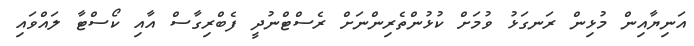
އަނިޔާއިން މުޅިން ރަނގަޅު ވުމަށް ކުޅުންތެރިންނަށް ރެސްޓްނުދީ ފެބްރިގާސް އާއި ކޯސްޓާ ލައްވައި